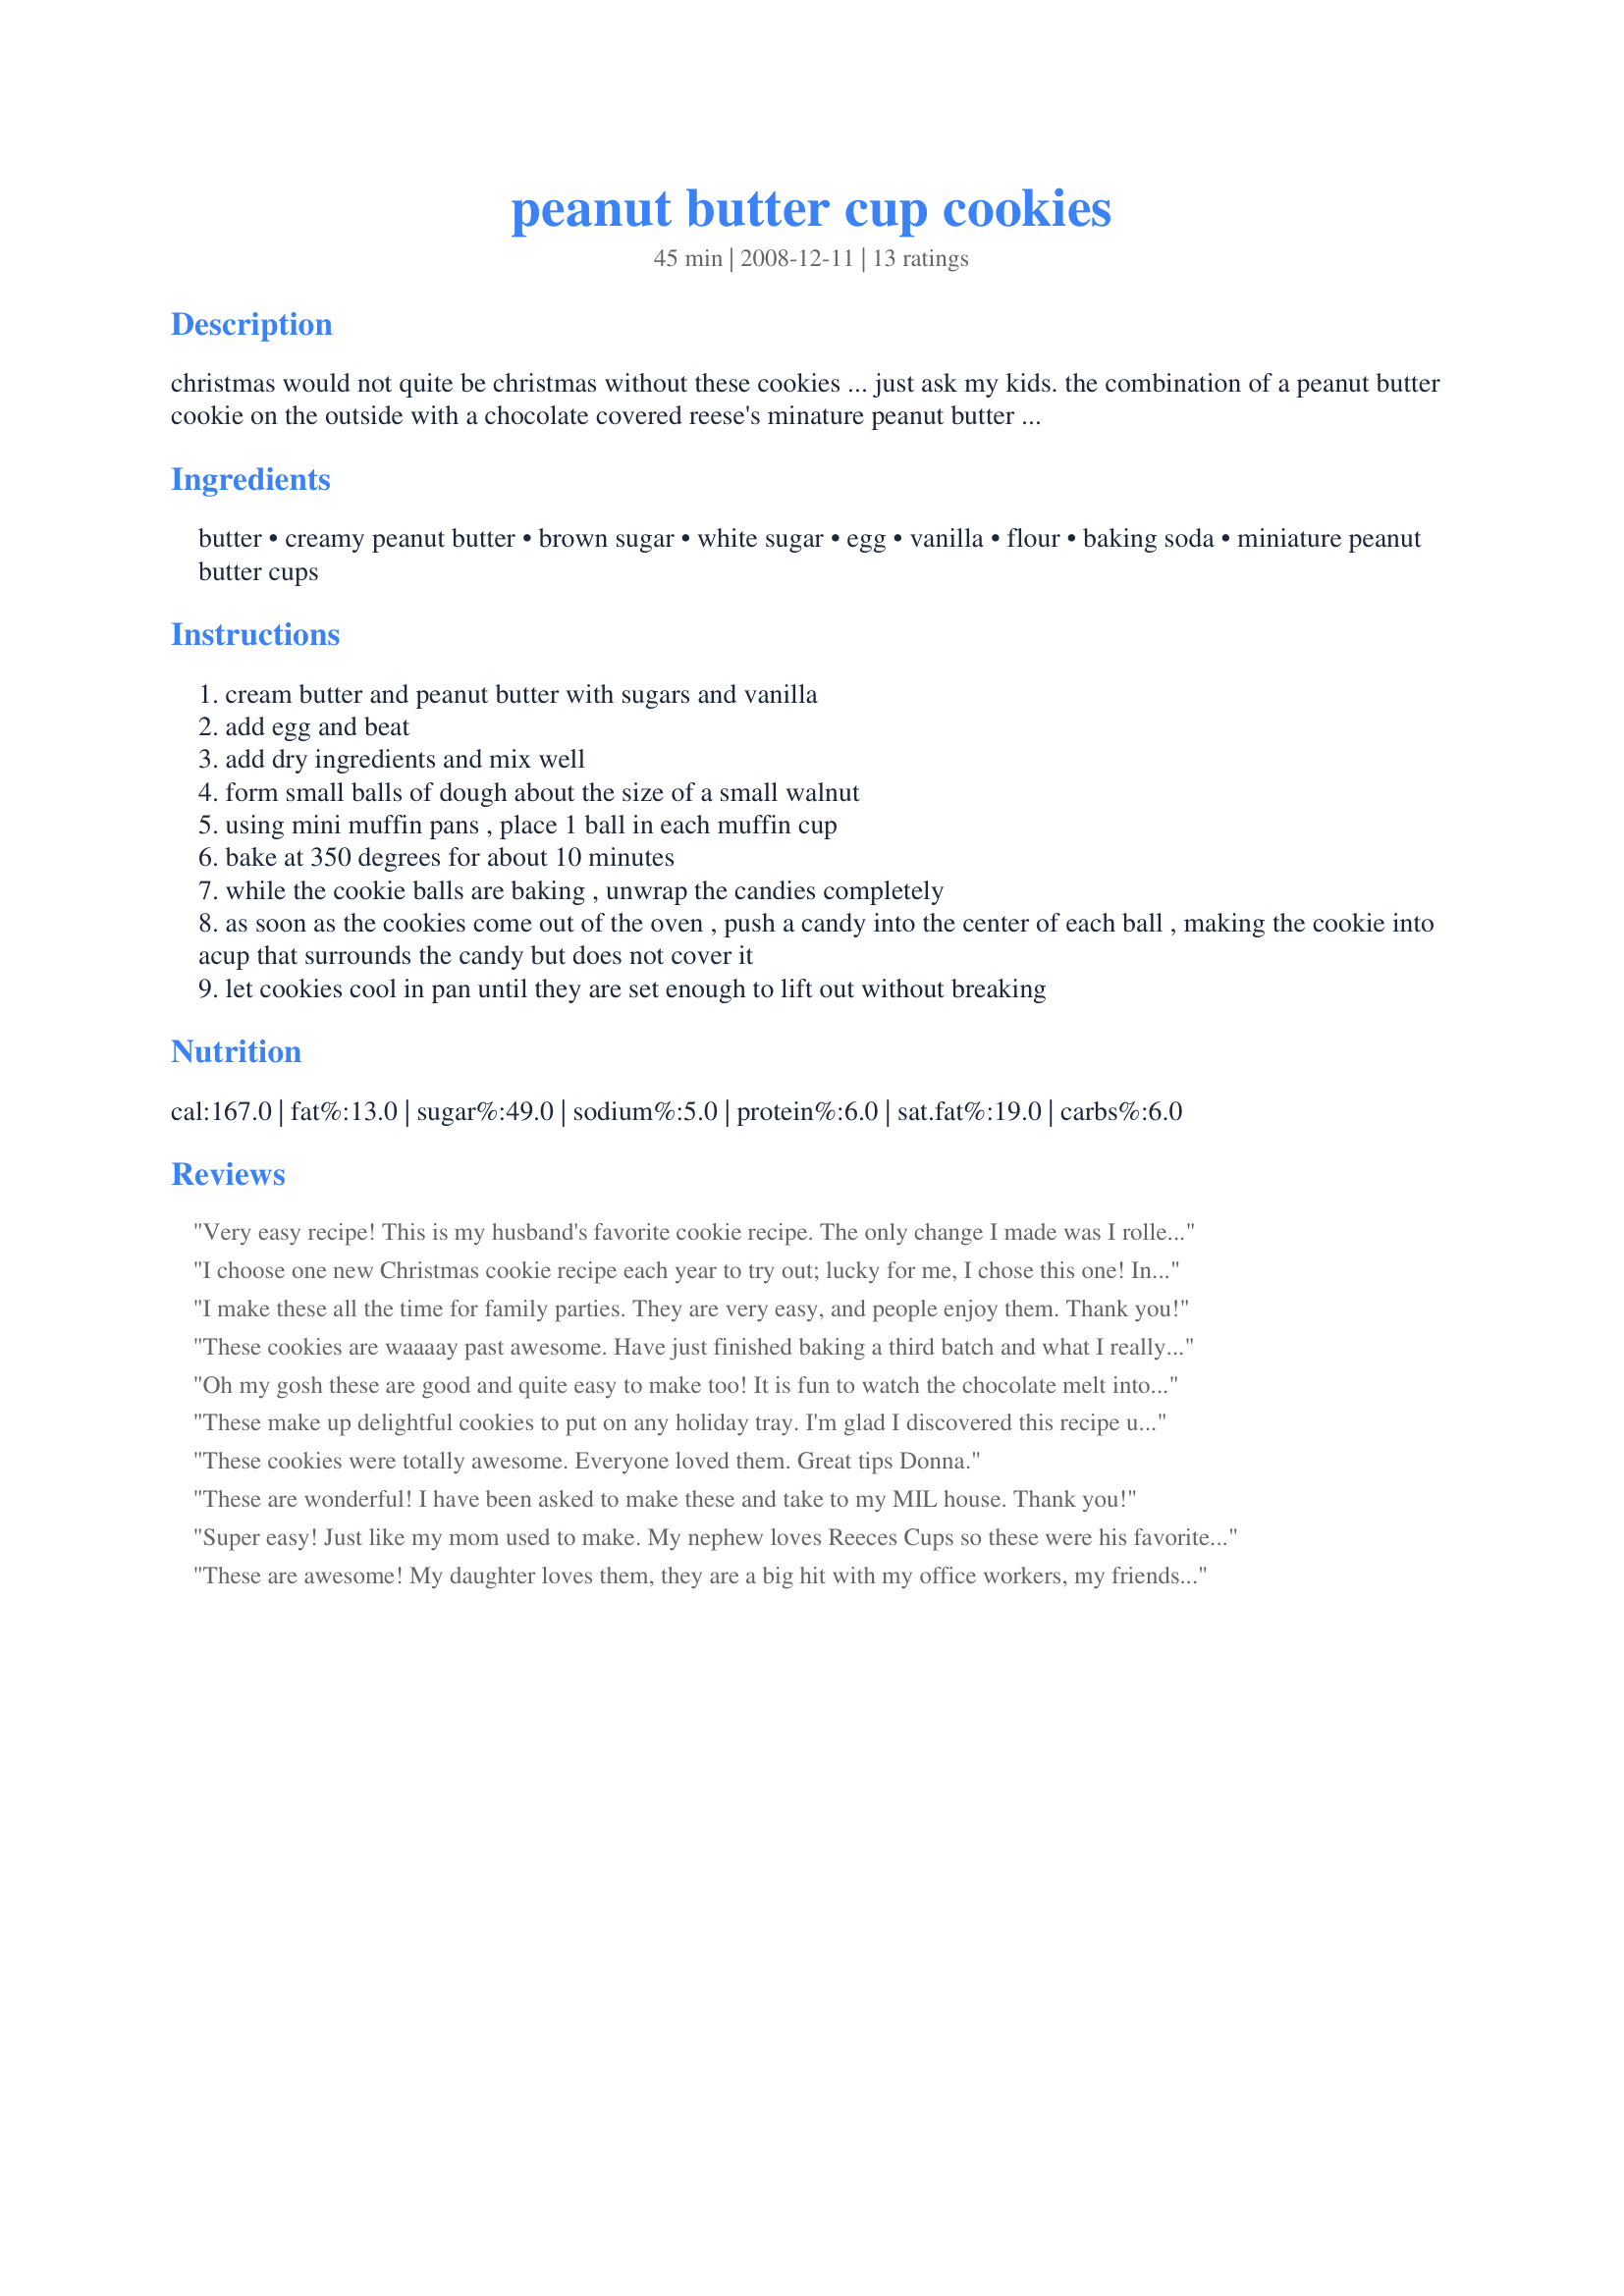
peanut butter cup cookies
Preparation time: 45 minutes

christmas would not quite be christmas without these cookies ... just ask my kids. the combination of a peanut butter cookie on the outside with a chocolate covered reese's minature peanut butter cup pushed into the cookie after baking, is unbeatable. they also look like they were harder to make than they really are.

Ingredients:
butter, creamy peanut butter, brown sugar, white sugar, egg, vanilla, flour, baking soda, miniature peanut butter cups

Steps:
cream butter and peanut butter with sugars and vanilla
add egg and beat
add dry ingredients and mix well
form small balls of dough about the size of a small walnut
using mini muffin pans , place 1 ball in each muffin cup
bake at 350 degrees for about 10 minutes
while the cookie balls are baking , unwrap the candies completely
as soon as the cookies come out of the oven , push a candy into the center of each ball , making the cookie into acup that surrounds the candy but does not cover it
let cookies cool in pan until they are set enough to lift out without breaking

Reviews:
Very easy recipe! This is my husband's favorite cookie recipe. The only change I made was I rolled the balls of cookie dough in white sugar before putting them in the muffin tins. This recipe will now be added to my Christmas cookie list. Thanks for the recipe!
I choose one new Christmas cookie recipe each year to try out; lucky for me, I chose this one! In fact, they disappeared so quickly I made another batch! So this recipe will join my list of yearly goodies to bake. Thank you for a real keeper! I wouldn't change a thing!!
I make these all the time for family parties. They are very easy, and people enjoy them. Thank you!
These cookies are waaaay past awesome. Have just finished baking a third batch and what I really like is how easy they are to make. It's a no fuss no muss cookie....my kind of baking. Thanks so much for sharing.
Oh my gosh these are good and quite easy to make too! It is fun to watch the chocolate melt into the cookie. Thank you!
These make up delightful cookies to put on any holiday tray. I'm glad I discovered this recipe upon browsing. Really easy to make too. Thanks for the recipe Donna.
Made for NewKids on the Block tag game~!
These cookies were totally awesome. Everyone loved them. Great tips Donna.
These are wonderful! I have been asked to make these and take to my MIL house. Thank you!
Super easy! Just like my mom used to make. My nephew loves Reeces Cups so these were his favorite. For the 2nd batch we added about 1/2 c. of crushed walnuts and I pressed a walnut piece onto the top of each after the chocolate melted a little.
These are awesome! My daughter loves them, they are a big hit with my office workers, my friends and neighbors love them. What could be better than chocolate and peanut butter together?
Very good cookie recipe. Great job in writing such detailed directions - Easy to make, wonderful flavor. Made for our cookie platter this Chrismtas - if they make it that long! Thank-you for sharing.
We love these cookies! They are one of my husband&#039;s favorites!
Wonderful cookies. Have become a Christmas tradition. Thanks for sharing.
